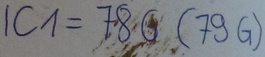
Text: IC1=78G(79G)